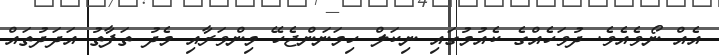
އެއް ނޯވެއެވެ. ދުވަހެއްގެ ކެއުމުގައި ނިކަލް ހިމަނަންޖެހޭ މިންވަރާއި މެދު ތަފާތު އަދަދުތައް